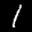
Label: 1